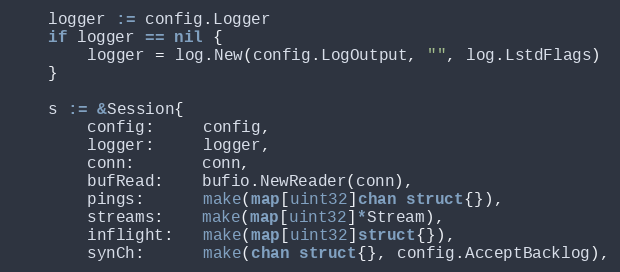
Language: Go
	logger := config.Logger
	if logger == nil {
		logger = log.New(config.LogOutput, "", log.LstdFlags)
	}

	s := &Session{
		config:     config,
		logger:     logger,
		conn:       conn,
		bufRead:    bufio.NewReader(conn),
		pings:      make(map[uint32]chan struct{}),
		streams:    make(map[uint32]*Stream),
		inflight:   make(map[uint32]struct{}),
		synCh:      make(chan struct{}, config.AcceptBacklog),